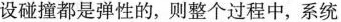
设碰撞都是弹性的，则整个过程中，系统